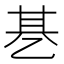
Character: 㐞